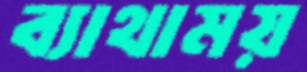
ব্যাথাময়